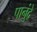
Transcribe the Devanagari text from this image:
पानुंद्रे